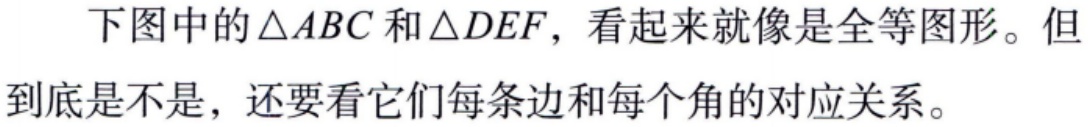
下图中的$\triangle ABC$和$\triangle DEF$，看起来就像是全等图形。但到底是不是，还要看它们每条边和每个角的对应关系。